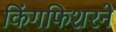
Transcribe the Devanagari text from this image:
किंगफिशरने